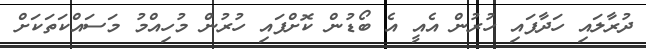
ދުރާލައި ހަދާފައި ހުރުން އެއީ އެ ބޯޑުން ކޮށްފައި ހުރުން މުހިއްމު މަސައްކަތަކަށް